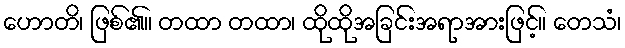
ဟောတိ၊ ဖြစ်၏။ တထာ တထာ၊ ထိုထိုအခြင်းအရာအားဖြင့်။ တေသံ၊